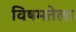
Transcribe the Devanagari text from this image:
विषमतेला